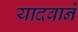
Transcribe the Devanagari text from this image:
यादवाने